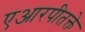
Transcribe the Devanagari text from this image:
एआरपीतक्ते